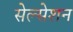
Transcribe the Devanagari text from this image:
सेल्सेशन